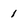
Character: 1